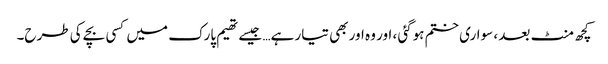
کچھ منٹ بعد ، سواری ختم ہوگئی ، اور وہ اور بھی تیار ہے… جیسے تھیم پارک میں کسی بچے کی طرح۔